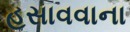
હસાવવાના